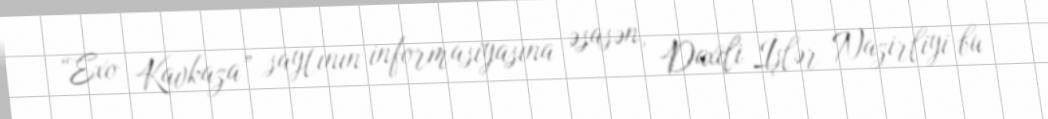
“Exo Kavkaza” saytının informasiyasına əsasən, Daxili İşlər Nazirliyi bu